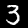
Digit: 3